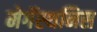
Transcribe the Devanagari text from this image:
मेगॅस्थनिस